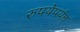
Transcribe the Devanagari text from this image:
रुपयेपर्यंत